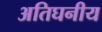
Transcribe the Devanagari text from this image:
अतिघनीय